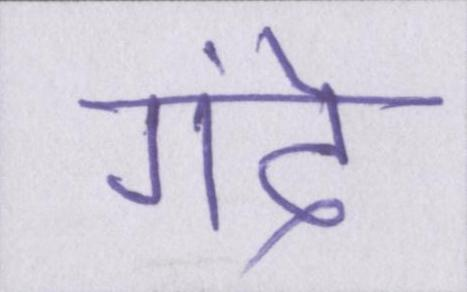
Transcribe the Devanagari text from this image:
गंदे